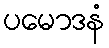
ပမောဒနံ